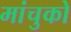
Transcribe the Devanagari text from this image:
मांचुको